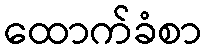
ထောက်ခံစာ